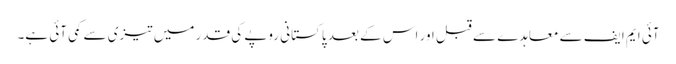
آئی ایم ایف سے معاہدے سے قبل اور اس کے بعد پاکستانی روپے کی قدر میں تیزی سے کمی آئی ہے۔